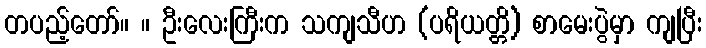
တပည့်တော်။ ။ ဦးလေးကြီးက သကျသီဟ (ပရိယတ္တိ) စာမေးပွဲမှာ ကျပြီး